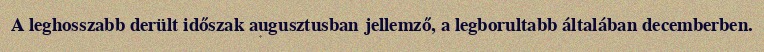
A leghosszabb derült időszak augusztusban jellemző, a legborultabb általában decemberben.